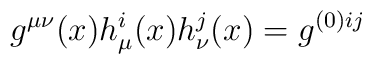
g^{\mu\nu}(x)h^i_\mu(x)h^j_\nu(x) = g^{(0)ij}